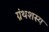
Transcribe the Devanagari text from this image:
ग्रंथशस्य